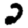
Digit: 2